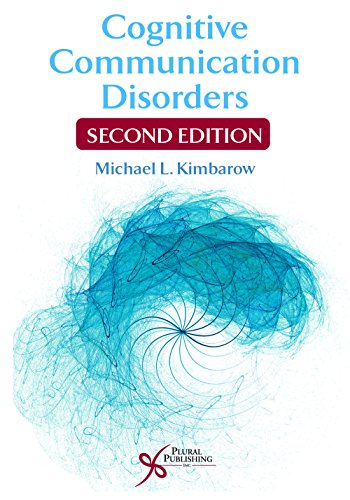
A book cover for Cognitive Communication Disorders; Michael L. Kimbarow; Medical Books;